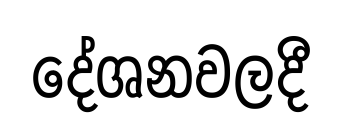
දේශනවලදී